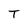
Character: T